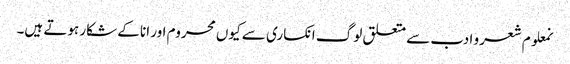
نمعلوم شعر و ادب سے متعلق لوگ انکساری سے کیوں محروم اور انا کے شکار ہوتے ہیں۔